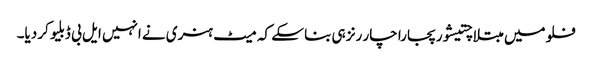
فلو میں مبتلا چتیشور پجارا چار رنز ہی بنا سکے کہ میٹ ہنری نے انہیں ایل بی ڈبلیو کر دیا۔